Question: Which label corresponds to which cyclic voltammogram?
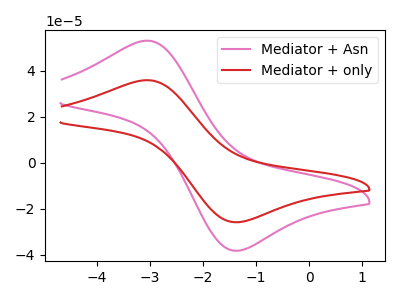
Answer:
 <answer>The pink curve is labeled "Mediator + Asn". The red curve is labeled "Mediator + only".</answer>
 <eval></eval>